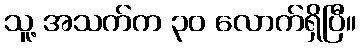
သူ့ အသက်က ၃၀ လောက်ရှိပြီ။